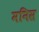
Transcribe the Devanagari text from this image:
मनिस